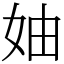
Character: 妯